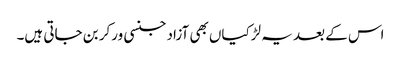
اس کے بعد یہ لڑکیاں بھی آزاد جنسی ورکر بن جاتی ہیں۔